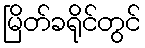
မြိတ်ခရိုင်တွင်